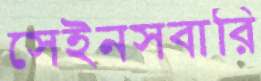
সেইনসবারি